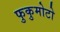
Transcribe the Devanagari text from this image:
फुकुमोटो